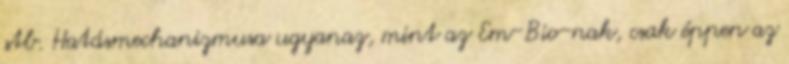
stb. Hatásmechanizmusa ugyanaz, mint az Em-Bio-nak, csak éppen az